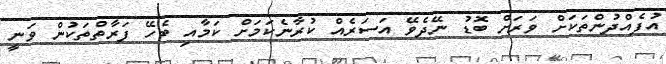
އުފެއްދުންތަކަށް ވަރަށް ބޮޑު ނޭދެވޭ އަސަރެއް ކުރާނެކަމަށް ކަމާއި ބެހޭ ފަރާތްތަކުން ވަނީ